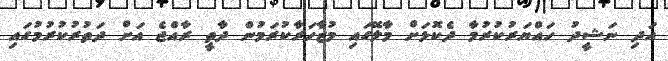
އަދި ނަޝީދު ހައްޔަރުކުރުމާ ދެކޮޅަށް މާލޭގައި މުޒާހަރާކުރަމުން ދާތީ ރާއްޖެ އަށް ދަތުރުކުރުމުގައި